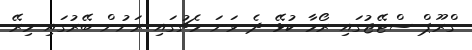
ގްރޫޕް ސްޓޭޖުގައި ރޯމާ ކުޅޭ ދެ ވަނަ މެޗުގައި ރަށުން ބޭރުގައި މިރޭ